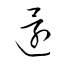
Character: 還